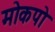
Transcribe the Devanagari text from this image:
मोकपो